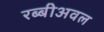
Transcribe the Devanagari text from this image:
रब्बीअवल